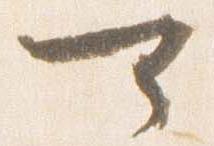
可